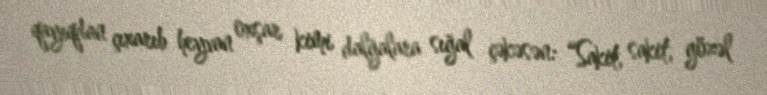
qayıqdan çıxarıb heyvan oxşar kimi dalğalara sığal çəkəsən: “Sakit, sakit, gözəl